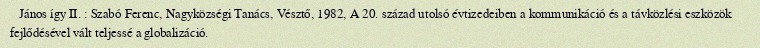
János így II. : Szabó Ferenc, Nagyközségi Tanács, Vésztő, 1982, A 20. század utolsó évtizedeiben a kommunikáció és a távközlési eszközök fejlődésével vált teljessé a globalizáció.